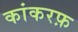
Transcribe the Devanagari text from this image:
कांकरफ़